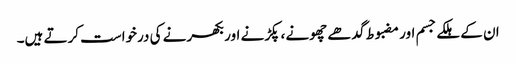
ان کے ہلکے جسم اور مضبوط گدھے چھونے ، پکڑنے اور بکھرنے کی درخواست کرتے ہیں۔